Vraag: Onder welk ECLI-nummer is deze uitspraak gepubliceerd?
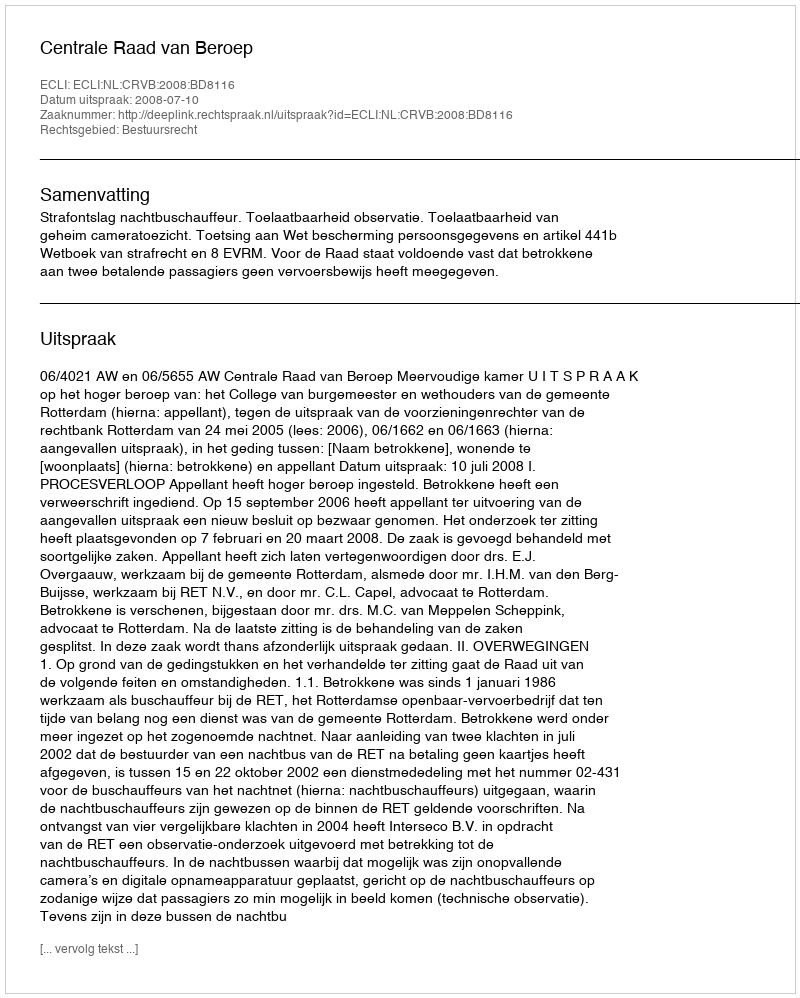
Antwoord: ECLI:NL:CRVB:2008:BD8116